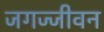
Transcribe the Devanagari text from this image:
जगज्जीवन